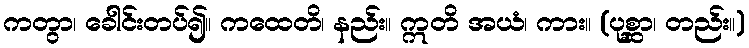
ကတွာ၊ ခေါင်းတပ်၍။ ကထေတိ၊ နည်း။ ဣတိ အယံ၊ ကား။ (ပုစ္ဆာ၊ တည်း။)